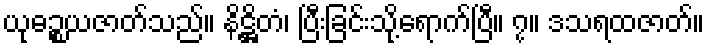
ယုဓဉ္စယဇာတ်သည်။ နိဋ္ဌိတံ၊ ပြီးခြင်းသို့ရောက်ပြီ။ ၇။ ဒသရထဇာတ်။